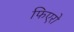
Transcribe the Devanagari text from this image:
फिएरो